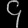
Digit: ၄